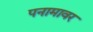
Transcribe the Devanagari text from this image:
पनामावर